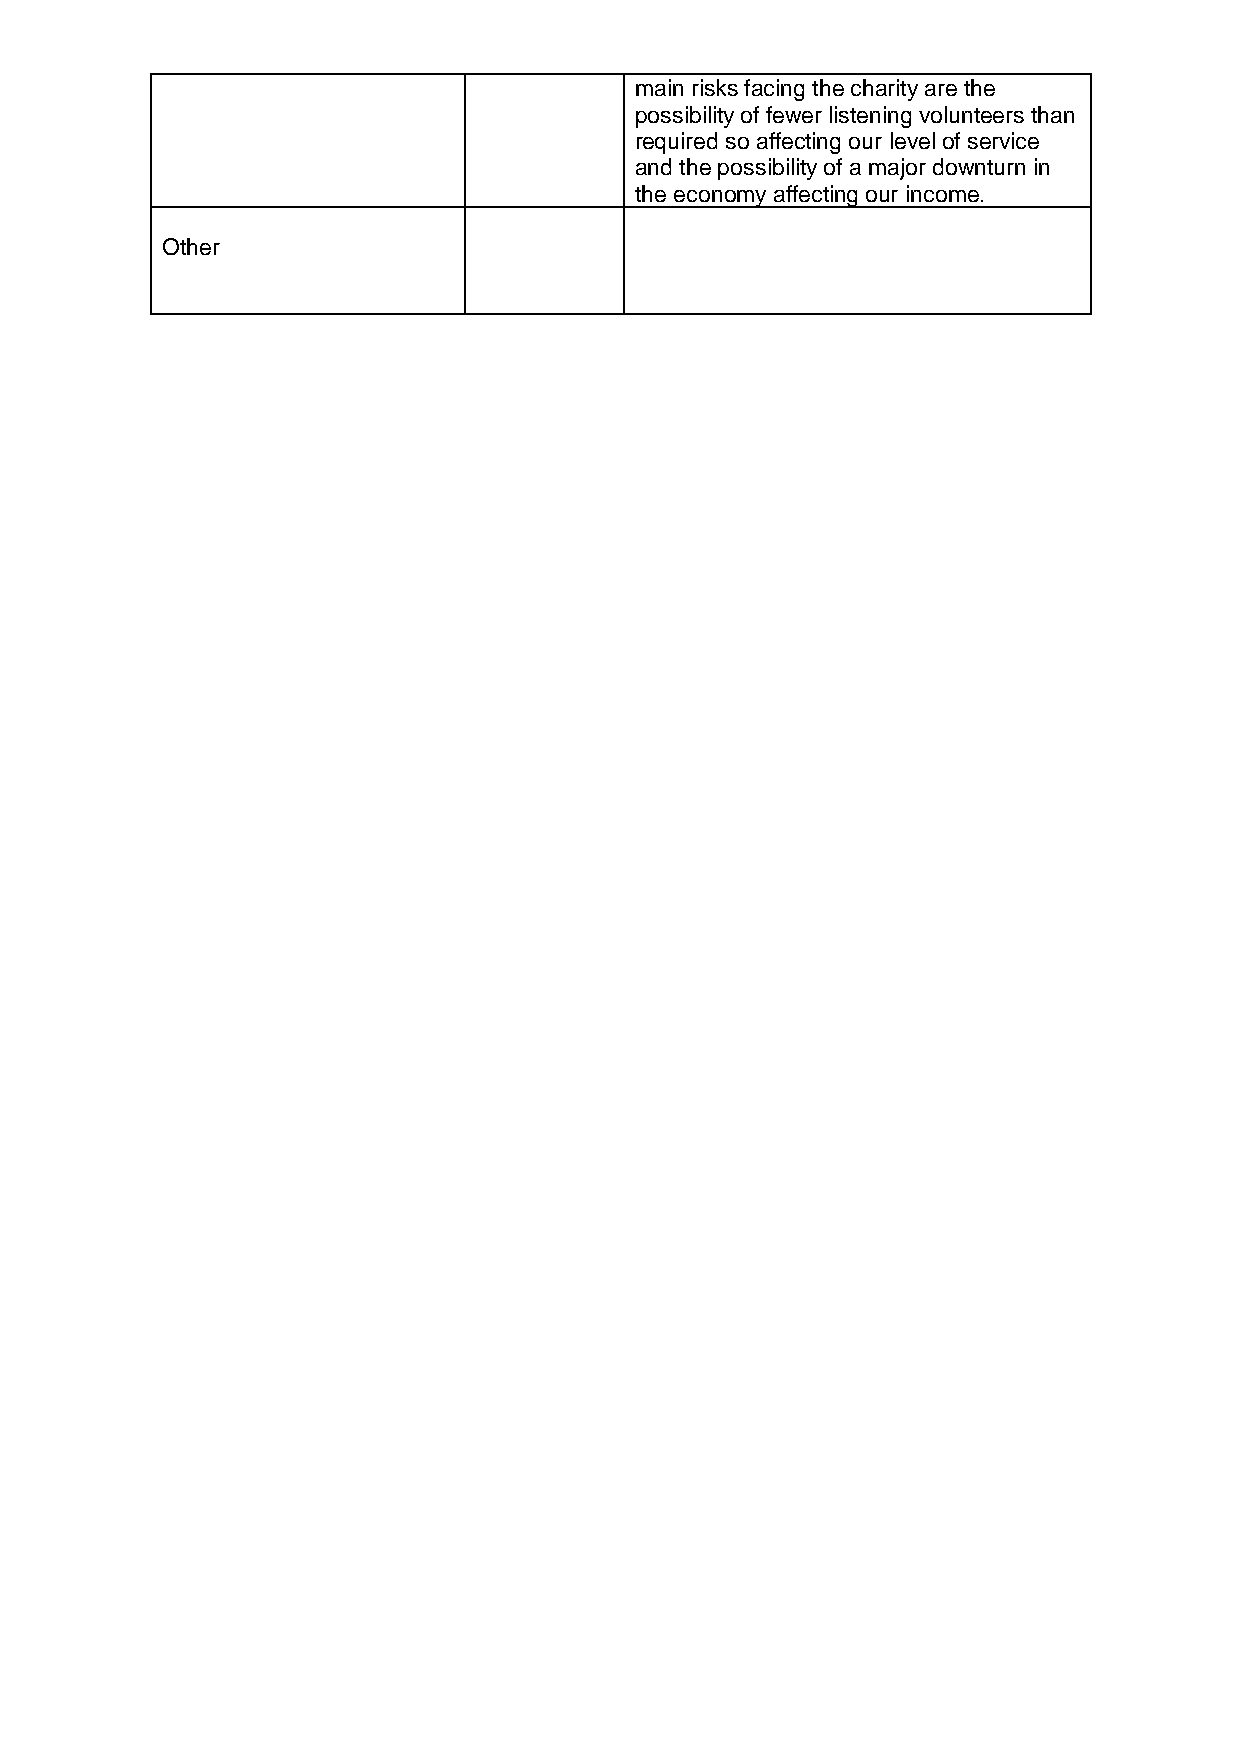
main risks facing the charity are the
 possibility of fewer listening volunteers than
 required so affecting our level of service
 and the possibility of a major downturn in
 the economy affecting our income.
 Other